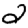
Digit: 2